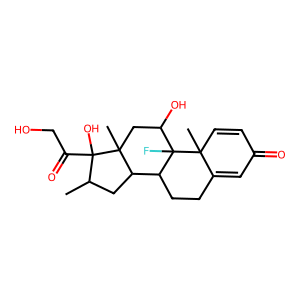
SMILES: CC1CC2C3CCC4=CC(=O)C=CC4(C)C3(F)C(O)CC2(C)C1(O)C(=O)CO
Inhibits HIV replication: No